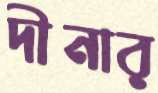
দীনার